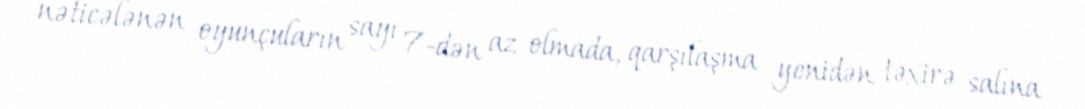
nəticələnən oyunçuların sayı 7-dən az olmada, qarşılaşma yenidən təxirə salına